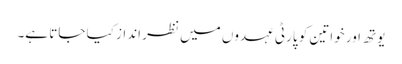
یوتھ اور خواتین کو پارٹی عہدوں میں نظر انداز کیا جاتا ہے۔